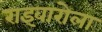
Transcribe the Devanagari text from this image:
राइवारोला